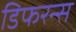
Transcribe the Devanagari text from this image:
डिफरन्स